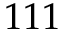
1 1 1